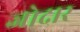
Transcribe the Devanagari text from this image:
जोदार